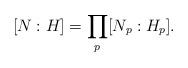
LaTeX: \begin{align*} [N:H]=\prod_p[N_p:H_p]. \end{align*}